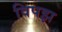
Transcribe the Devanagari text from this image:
विपझ